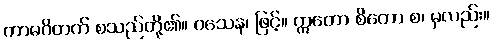
ကာမဝိတက် စသည်တို့၏။ ဝသေန၊ ဖြင့်။ ဣတော စိတော စ၊ မှလည်း။